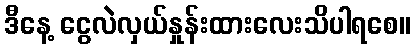
ဒီနေ့ ငွေလဲလှယ်နှုန်းထားလေးသိပါရစေ။